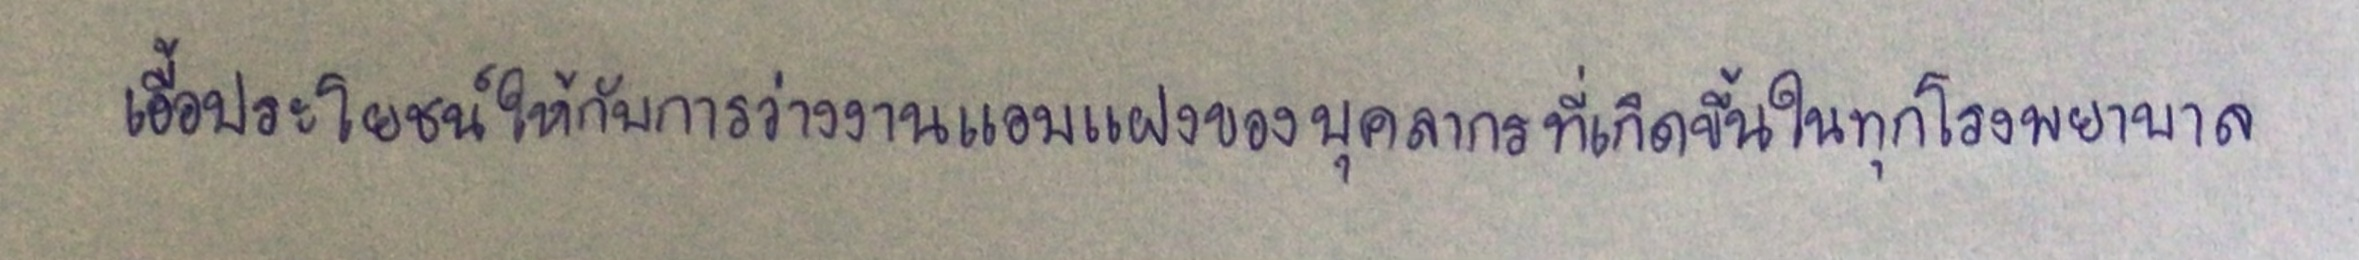
เอื้อประโยชน์ให้กับการว่างงานแอบแฝงของบุคลากรที่เกิดขึ้นในทุกโรงพยาบาล